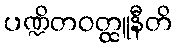
ပဏ္ဍိတဝတ္ထူနီတိ